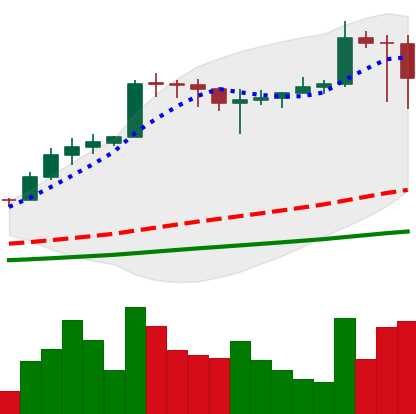
Ticker: ADA-USD
Chart end date: 2021-02-23
Forward return: 37.011%
Label: up_7plus